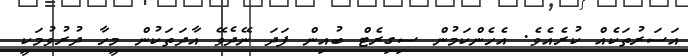
އަސަރުތަކެއް ކުރެއެވެ. އެހެންކަމުން ސިގިރެޓް ބުއިން ފަދަ ނޭދެވޭ އާދަތަކުން މީހާ ދުރުވުމަކީ